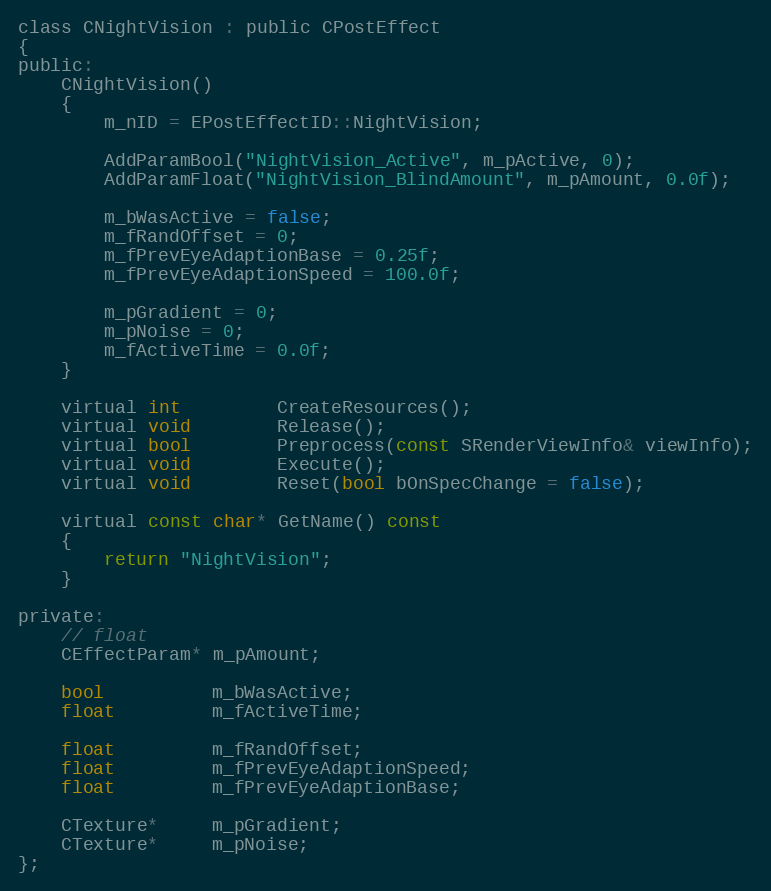
Language: C
class CNightVision : public CPostEffect
{
public:
	CNightVision()
	{
		m_nID = EPostEffectID::NightVision;

		AddParamBool("NightVision_Active", m_pActive, 0);
		AddParamFloat("NightVision_BlindAmount", m_pAmount, 0.0f);

		m_bWasActive = false;
		m_fRandOffset = 0;
		m_fPrevEyeAdaptionBase = 0.25f;
		m_fPrevEyeAdaptionSpeed = 100.0f;

		m_pGradient = 0;
		m_pNoise = 0;
		m_fActiveTime = 0.0f;
	}

	virtual int         CreateResources();
	virtual void        Release();
	virtual bool        Preprocess(const SRenderViewInfo& viewInfo);
	virtual void        Execute();
	virtual void        Reset(bool bOnSpecChange = false);

	virtual const char* GetName() const
	{
		return "NightVision";
	}

private:
	// float
	CEffectParam* m_pAmount;

	bool          m_bWasActive;
	float         m_fActiveTime;

	float         m_fRandOffset;
	float         m_fPrevEyeAdaptionSpeed;
	float         m_fPrevEyeAdaptionBase;

	CTexture*     m_pGradient;
	CTexture*     m_pNoise;
};